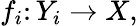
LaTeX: f_{i}\colon Y_{i}\to X,